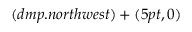
( d m p . n o r t h w e s t ) + ( 5 p t , 0 )